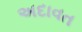
અદાવત